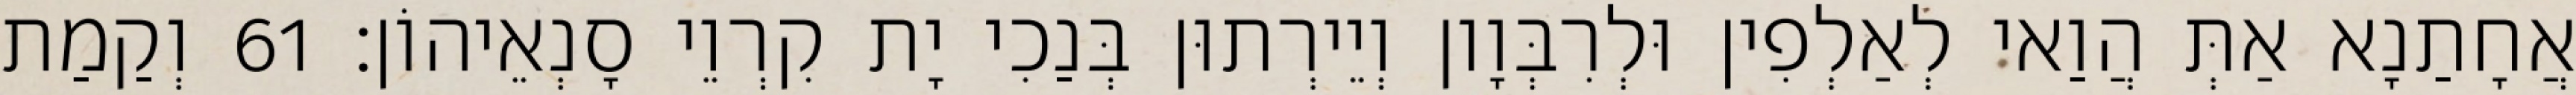
אֲחָתַנָא אַתְּ הֲוַאי לְאַלְפִין וּלְרִבְּוָון וְיֵירְתוּן בְּנַכִי יָת קִרְוֵי סָנְאֵיהוֹן׃ 61 וְקַמַת